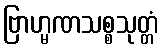
ဗြာဟ္မဏသစ္စသုတ္တံ